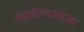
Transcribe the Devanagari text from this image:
तहसीलदाराला